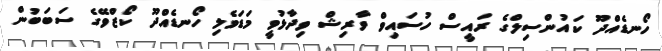
ހޯނޑެއްދޫ ކައުންސިލްގެ ރައީސް ހުސައިވް ވާރިޝް ވިދާޅުވީ މަޑަވެލި ހޯނޑެއްދޫ ކޯޒްވޭގެ ސަބަބުން